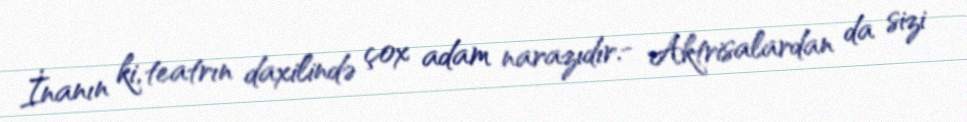
İnanın ki, teatrın daxilində çox adam narazıdır.- Aktrisalardan da sizi